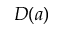
D ( a )